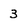
Character: 3